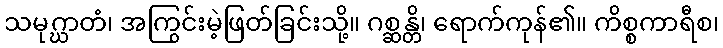
သမုဂ္ဃာတံ၊ အကြွင်းမဲ့ဖြတ်ခြင်းသို့။ ဂစ္ဆန္တိ၊ ရောက်ကုန်၏။ ကိစ္စကာရီစ၊